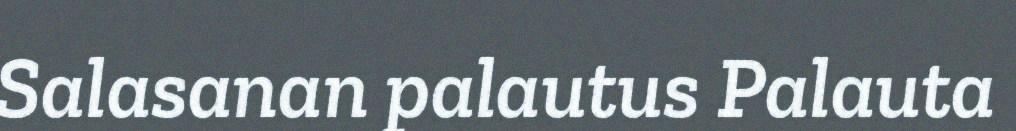
Salasanan palautus Palauta